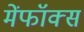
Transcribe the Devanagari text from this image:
मेंफॉक्स